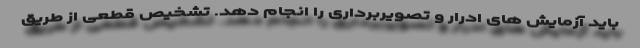
باید آزمایش های ادرار و تصویربرداری را انجام دهد. تشخیص قطعی از طریق